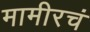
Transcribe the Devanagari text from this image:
मामीरचं